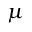
\mu